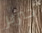
خنزير